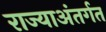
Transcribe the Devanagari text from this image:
राज्याअंतर्गत